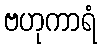
ဗဟုကာရံ